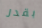
بقدر